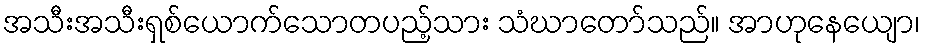
အသီးအသီးရှစ်ယောက်သောတပည့်သား သံဃာတော်သည်။ အာဟုနေယျော၊